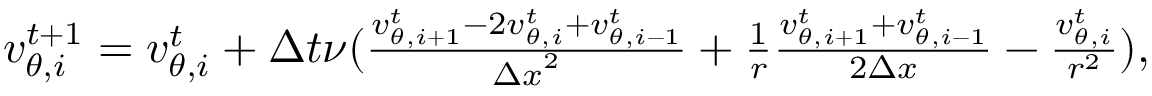
\begin{array} { r } { v _ { \theta , i } ^ { t + 1 } = v _ { \theta , i } ^ { t } + \Delta t \nu ( \frac { v _ { \theta , i + 1 } ^ { t } - 2 v _ { \theta , i } ^ { t } + v _ { \theta , i - 1 } ^ { t } } { { \Delta x } ^ { 2 } } + \frac { 1 } { r } \frac { v _ { \theta , i + 1 } ^ { t } + v _ { \theta , i - 1 } ^ { t } } { 2 \Delta x } - \frac { v _ { \theta , i } ^ { t } } { r ^ { 2 } } ) , } \end{array}